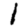
Digit: 1